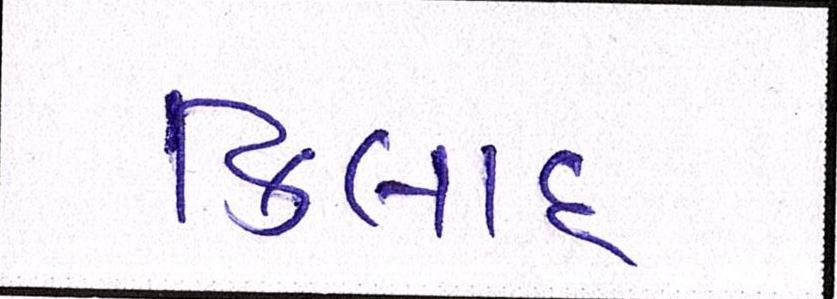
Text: કિલાદ